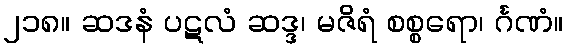
၂၁၈။ ဆဒနံ ပဋလံ ဆဒ္ဒ၊ မဇိရံ စစ္စရော၊ င်္ဂဏံ။